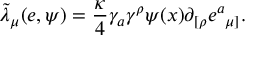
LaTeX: { \tilde { \lambda } } _ { \mu } ( e , \psi ) = { \frac { \kappa } { 4 } } \gamma _ { a } \gamma ^ { \rho } \psi ( x ) \partial _ { [ \rho } e { ^ a } _ { \mu ] } .